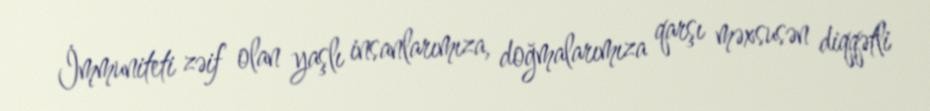
İmmuniteti zəif olan yaşlı insanlarımıza, doğmalarımıza qarşı məxsusən diqqətli